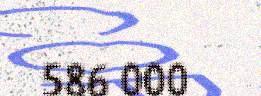
586 000